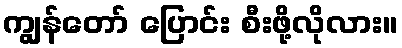
ကျွန်တော် ပြောင်း စီးဖို့လိုလား။